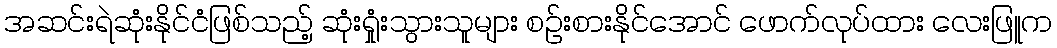
အဆင်းရဲဆုံးနိုင်ငံဖြစ်သည့် ဆုံးရှုံးသွားသူများ စဉ်းစားနိုင်အောင် ဖောက်လုပ်ထား လေးဖြူက